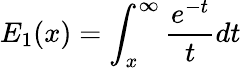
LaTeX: E_{1}(x)=\int_{x}^{\infty}\frac{e^{-t}}{t}dt